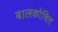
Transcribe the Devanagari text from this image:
बालकोचित